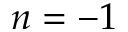
n = - 1